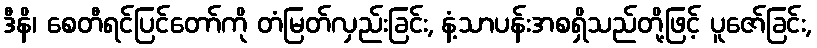
ဒီနိ၊ စေတီရင်ပြင်တော်ကို တံမြတ်လှည်းခြင်း, နံ့သာပန်းအစရှိသည်တို့ဖြင့် ပူဇော်ခြင်း,